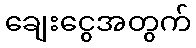
ချေးငွေအတွက်